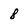
Character: 8